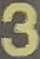
3